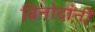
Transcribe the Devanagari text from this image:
विनोदांनी